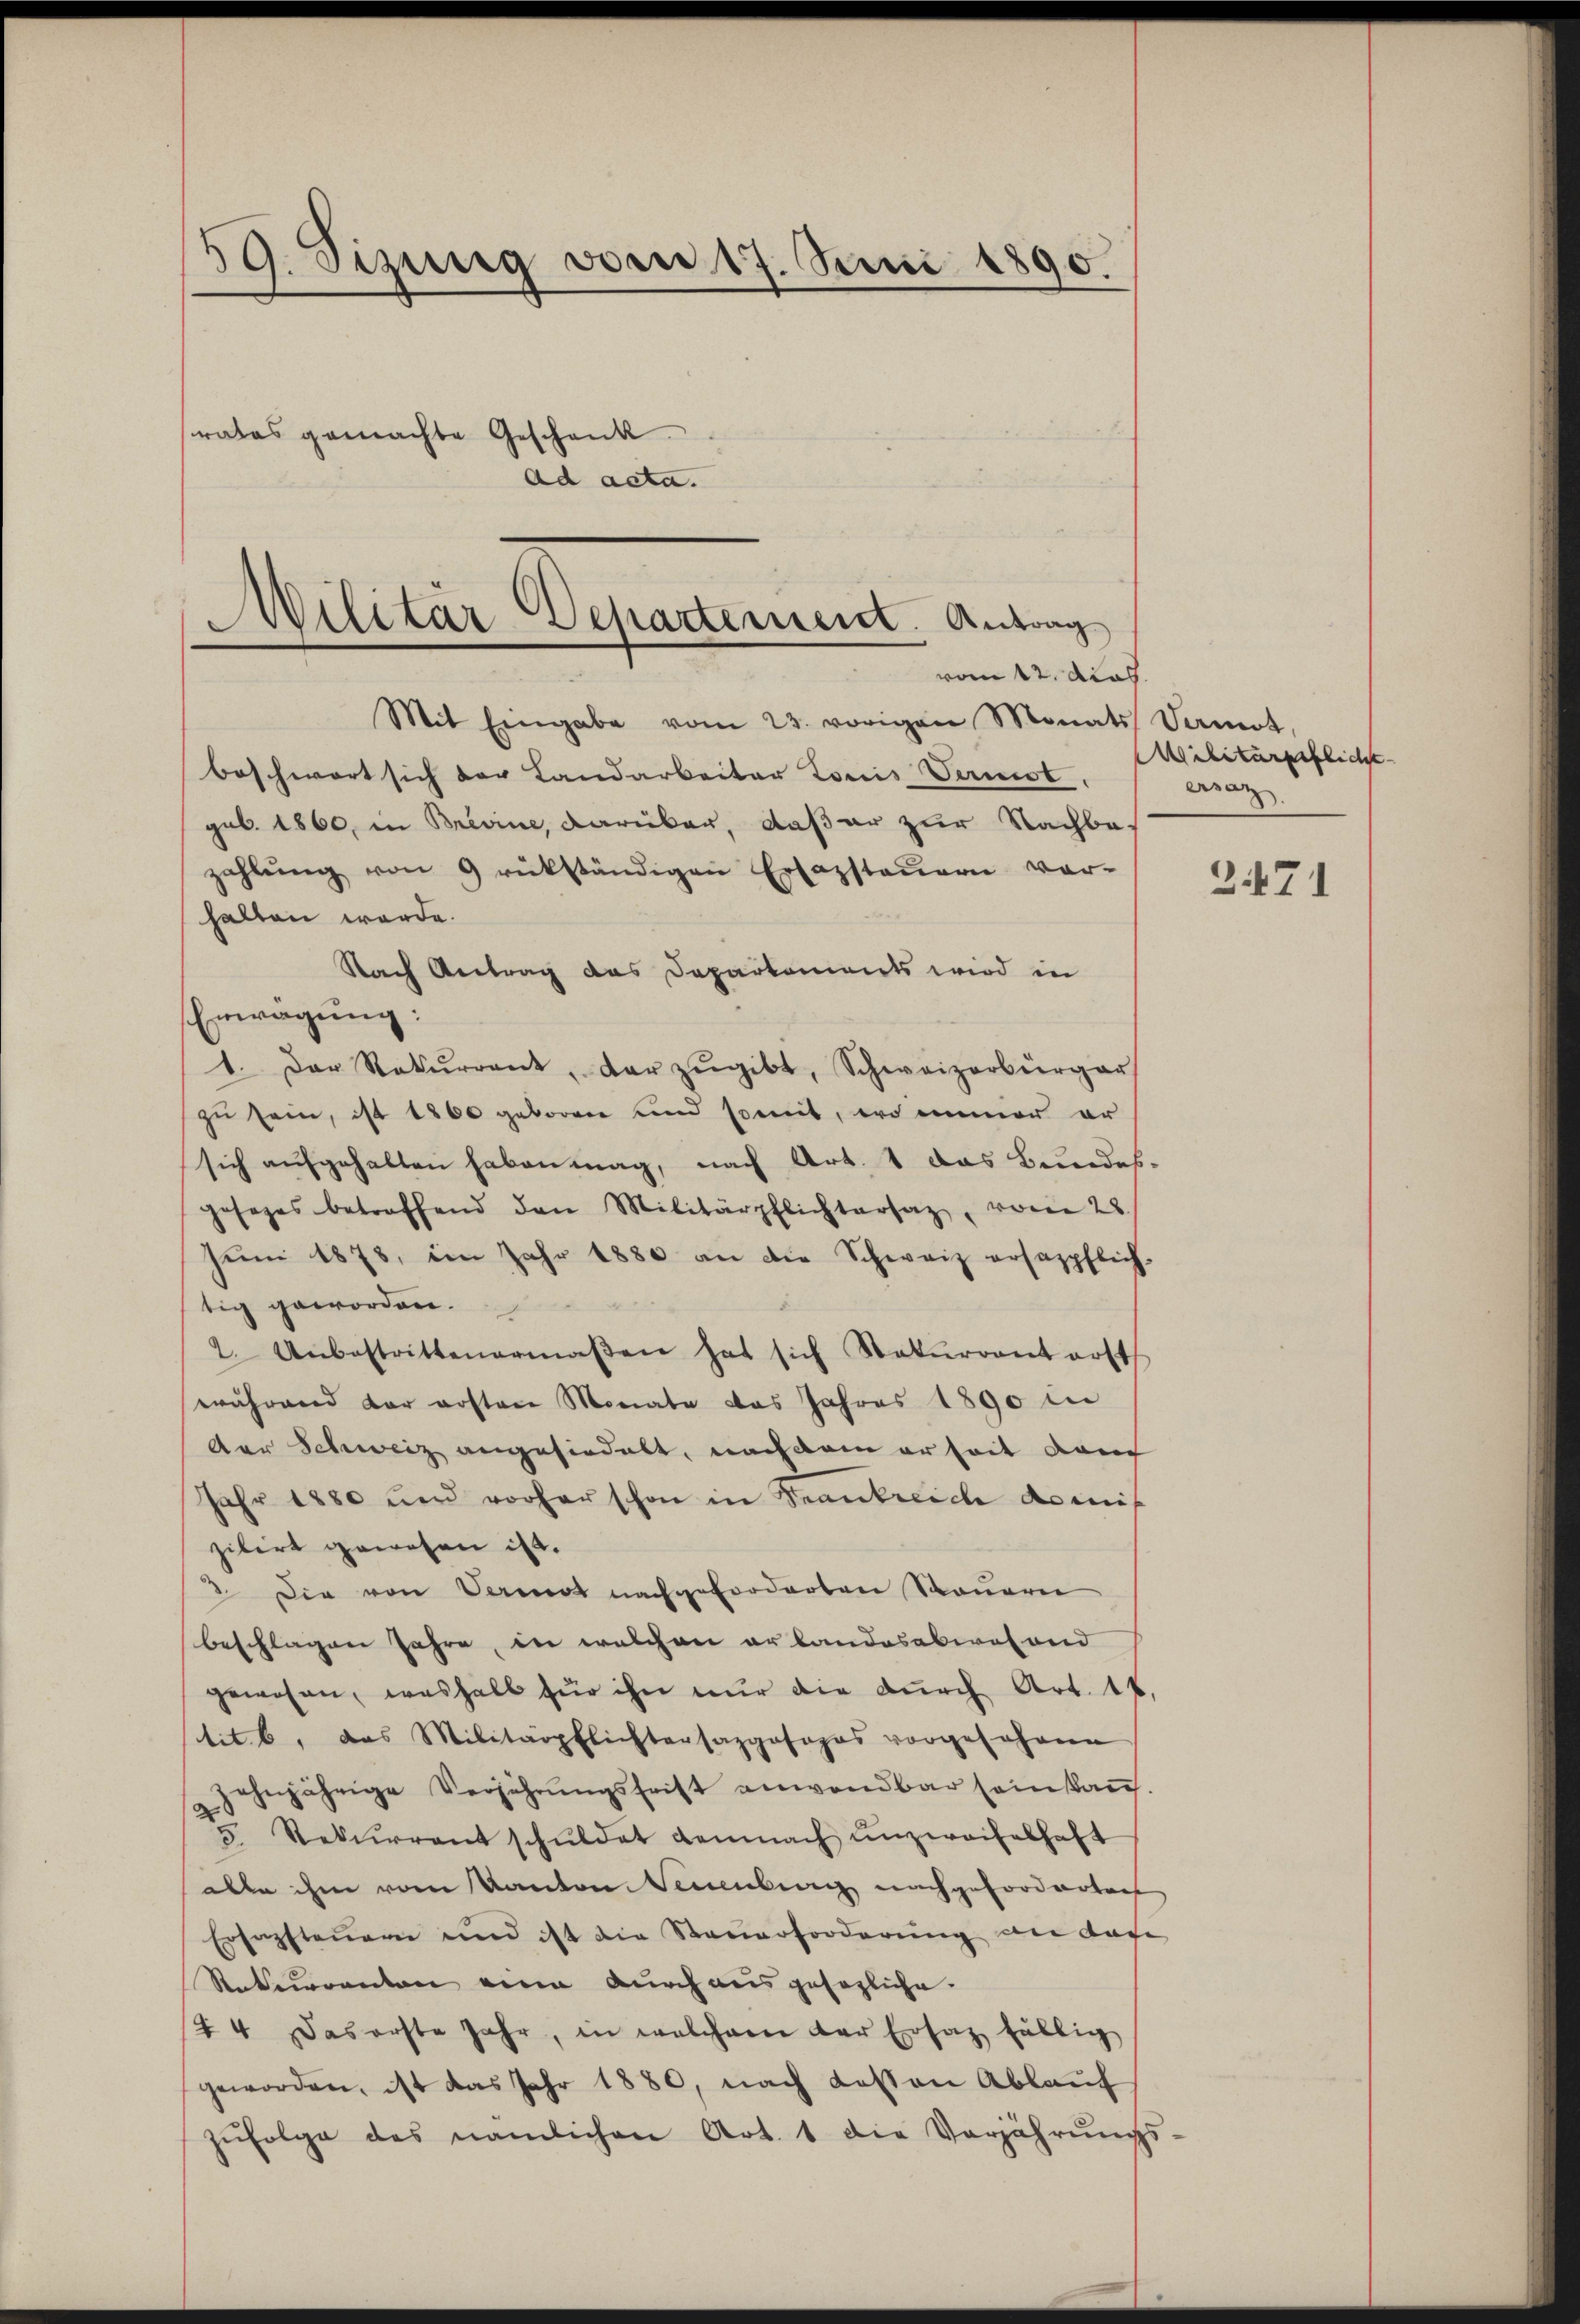
59. Sigg von 17. Juni 1890.
rates gemachte Geschenk.
ad acta.

Militär Departement. Antrag
vom 12. Acas.
Mit Eingabe vom 23. vorigen Monats Samot,

beschwort sich der Landarbeiter Louis Vernst,
gub. 1860, in Brevine, darüber, daß er zur Nachbazahlŭng von 9 rükständigen Erfassteŭer vor-
halten werde.
Nach Antrag das Deparkoments wird in
Erwägung:
1. Der Rekŭrrent, der zŭgibt, Schweizerbürger
zu sein, ist 1860 geboren und somit, wo immer er
sich aŭfgehalten haben mag, nach Art. 1 das Bundes-
gesezes betreffend den Militärpflichtersaz, vom 28.
Jŭni 1878, im Jahr 1880 an die Schweiz ersazpflich-
tig geworden.
2. Unbestrittenermaβen hat sich Rekurrent erst
während der ersten Monate das Jahres 1890 in
der Schweiz angesiedelt, nachdem erseit dan
Jahr 1880 und vorher schon in Frankreiche de mit
zibirt gewesen ist.
2 Die von Vermat nachgeforderten Sauern
beschlagen Jahre, in welchen er landesabwesend
gewesen, weshalb für ihn nŭr die dŭrch Art. 14.
tit. b, das Militärpflichtersazposopas vorgesohann
zehnjährige Verjährŭngsfrist anwendbar seinkauf
5. Rekurrent schuldet demnach unzweifelhaft
alle ihm vom Kanton Neuenburg nachgeforderlach
Ersazsteŭern und ist die Steŭerforderŭng an dage
Stekerrenten eine durch ausgesezliche.
44 das erste Jahr, in welchem der Ersatz fällig
geworden, ist das Jahr 1880, nach dessen Ablauf
zŭfolge des nämlichen Art. 1 die Verjährŭngs-

Militärpfliche
ersaz

2471